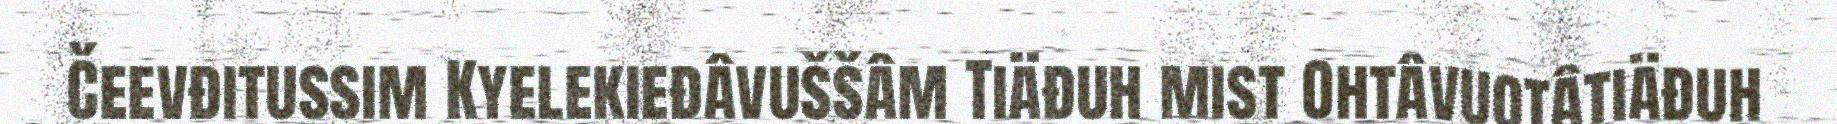
Čeevđitussim Kyelekieđâvuššâm Tiäđuh mist Ohtâvuotâtiäđuh